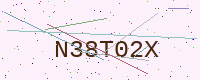
Text: N38T02X